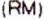
(RM)